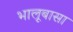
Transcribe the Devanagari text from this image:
भालूबासा